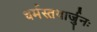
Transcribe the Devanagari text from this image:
धर्मस्तथार्जुनः